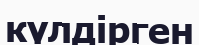
күлдірген